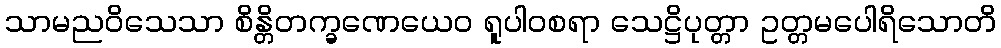
သာမညဝိသေသာ စိန္တိတက္ခဏေယေဝ ရူပါဝစရာ သေဋ္ဌိပုတ္တာ ဥတ္တမပေါရိသောတိ